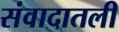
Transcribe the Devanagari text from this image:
संवादातली